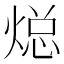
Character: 𮳳